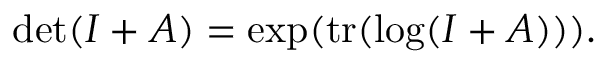
\operatorname* { d e t } ( I + A ) = \exp ( \operatorname { t r } ( \log ( I + A ) ) ) .